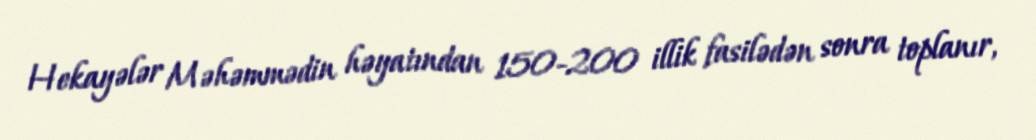
Hekayələr Məhəmmədin həyatından 150-200 illik fasilədən sonra toplanır,